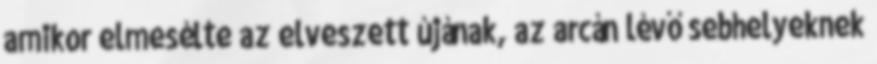
amikor elmesélte az elveszett újának, az arcán lévő sebhelyeknek